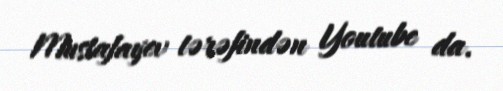
Mustafayev tərəfindən Youtube da.